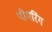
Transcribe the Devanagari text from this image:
पीयरिंग